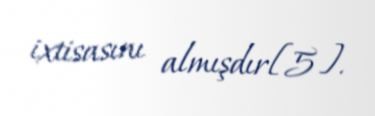
ixtisasını almışdır[5].